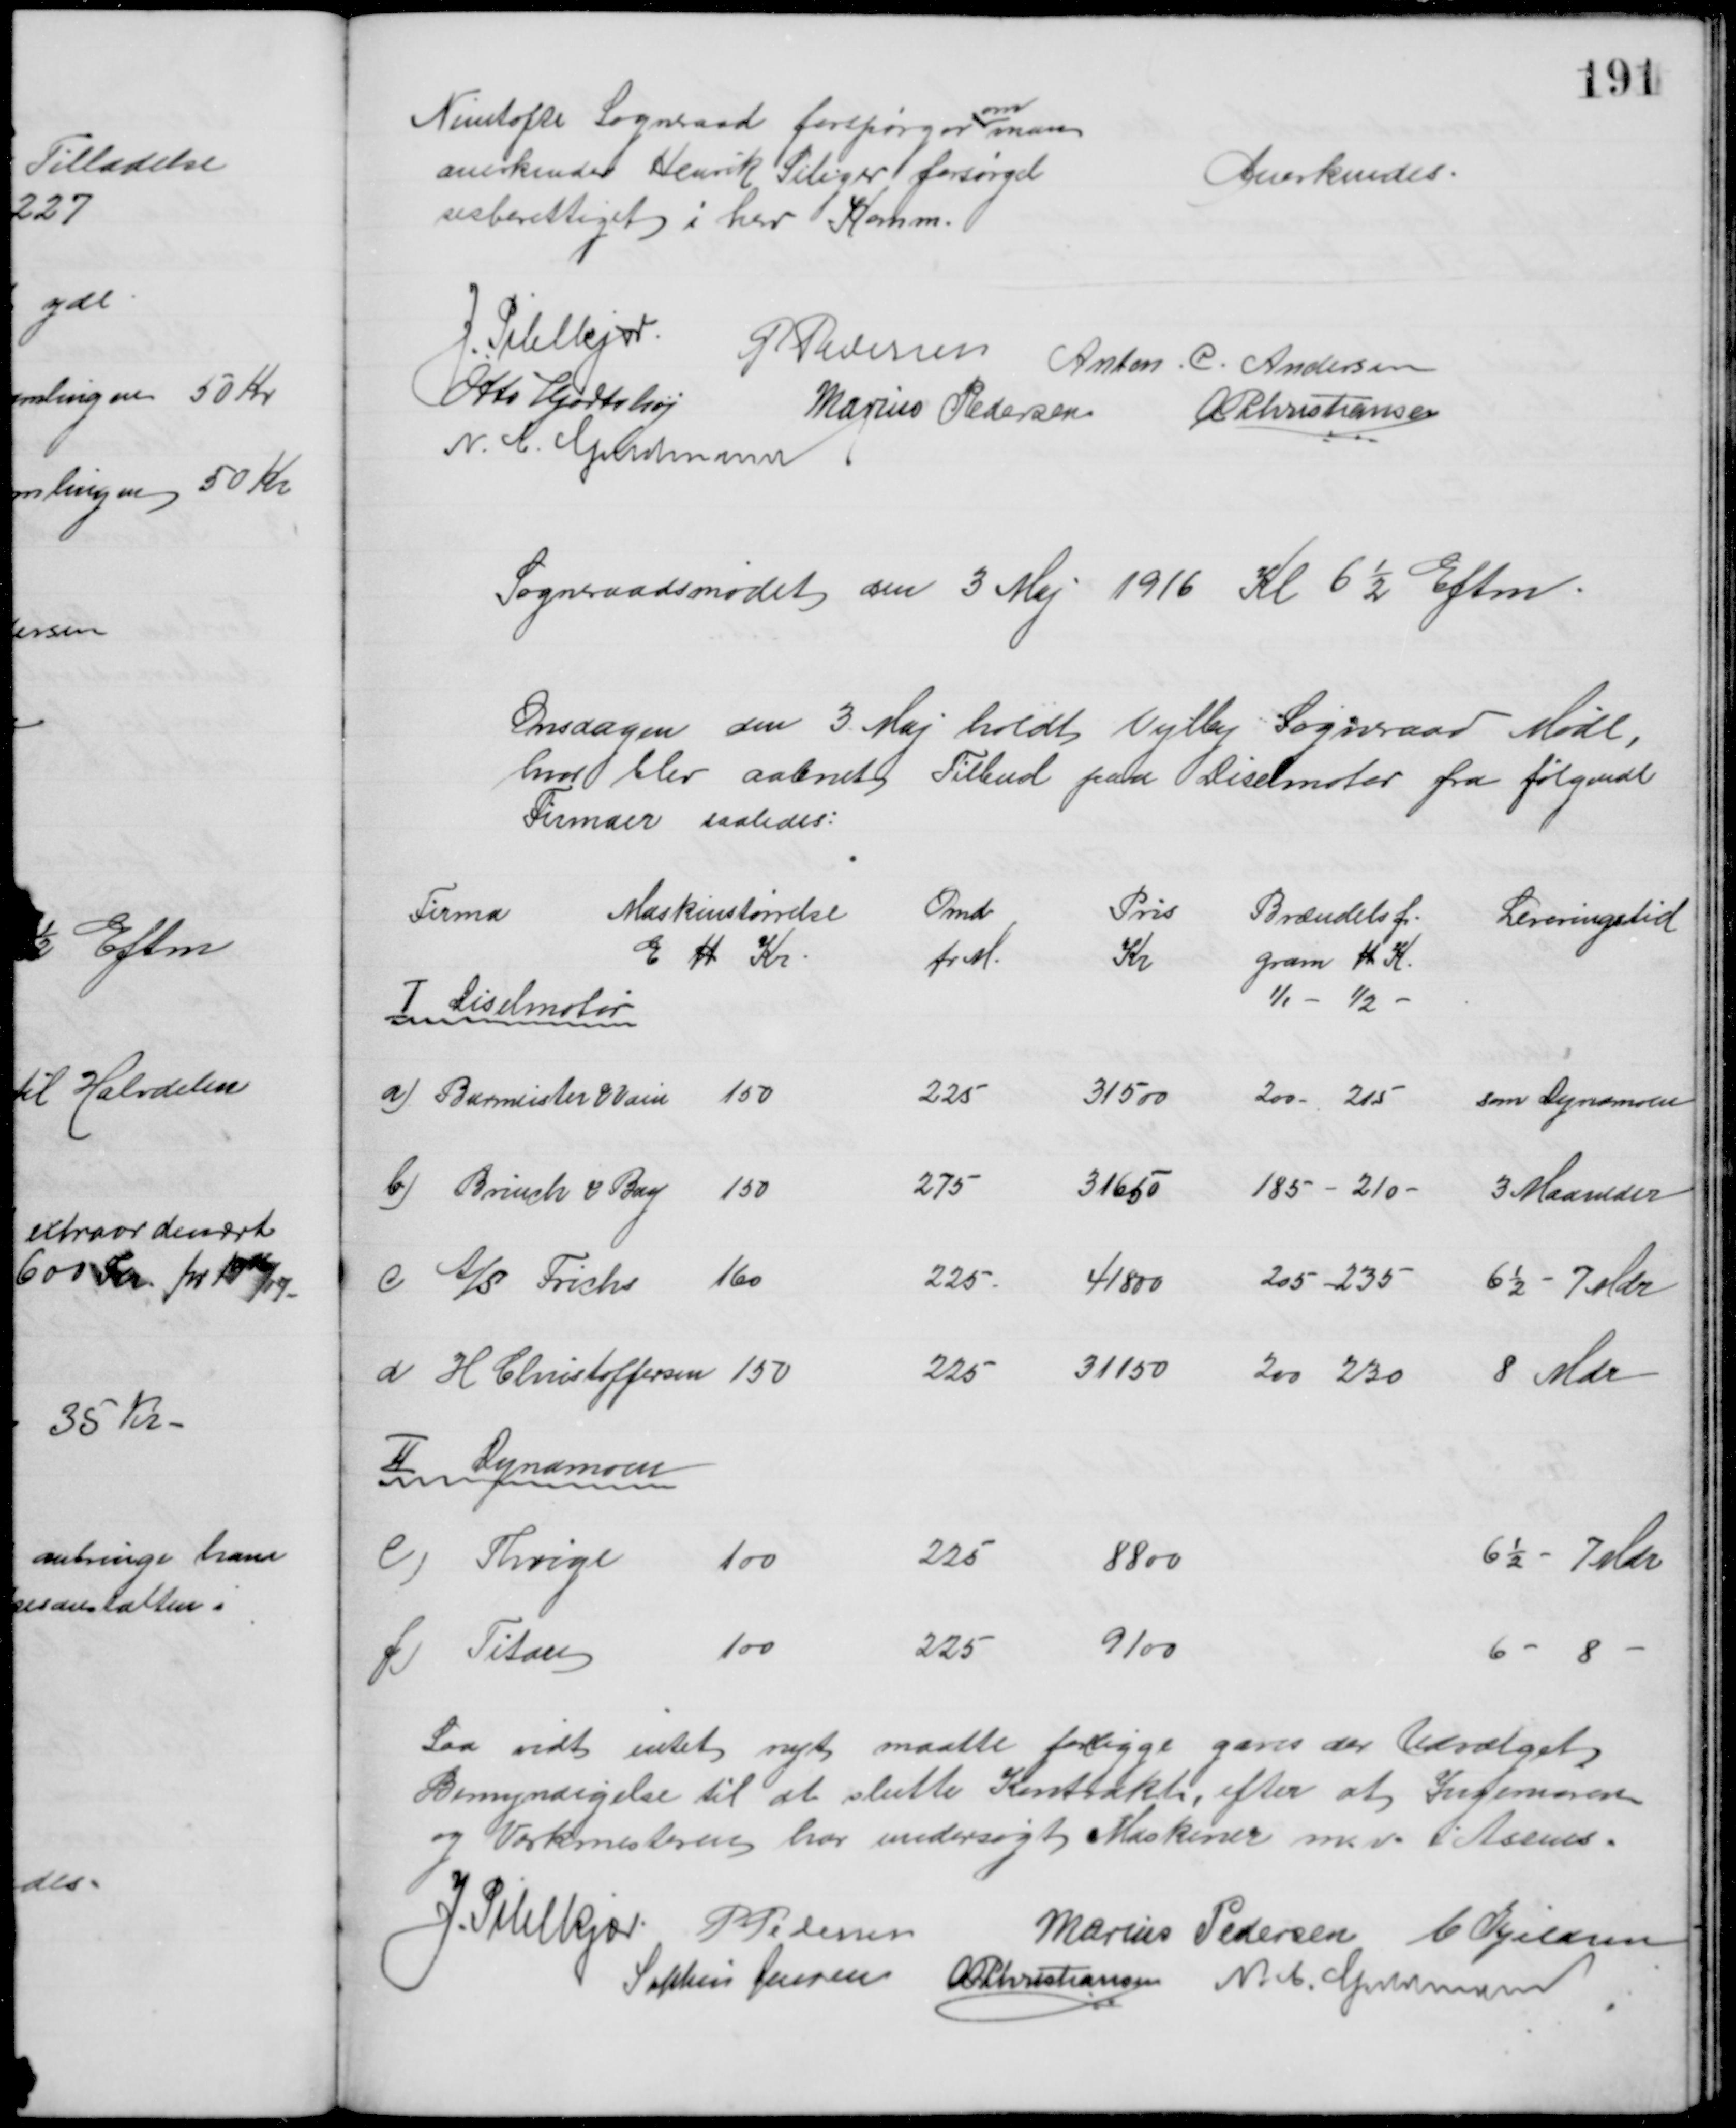
Transskription:
Nimtofte Sogneraad forspørger
om
man
anerkender Henrik Seliger forsørgel
sesberettiget i herv Komm.
Anerkendes
J. Pihlkjær
P Pedersen
Anton. C. Andersen
Otto Hjortshøj
Marius Pedersen
A P Christiansen
N. C. Guldmann
Sogneraadsmødet den 3 Maj 1916 Kl 6½ Eftm
Onsdagen den 3 Maj holdt Vejlby Sogneraad Møde,
hvor blev aabnet Tilbud paa Diselmotor fra følgende
Firmaer saaledes:
Firma 
Maskinstørrelse
E H Kr.
Omd
pr M.
Pris
Kr
Brændelsf.
gram H K.
1/1- 1/2 
Leveringstid
I Diselmotor
a) Burmeister & Vain 
150
225
31500
200 - 215
som Dynamoen
b) Brinch & Bay  
150 
275
31650
185 - 210
3 Maaneder
c A/S Frichs 
160
225
41800
205 - 235
6½ - 7 Mdr
d H Christoffersen
150
225
31150
200 - 230
8 Mdr
II Dynamoen
e) Thrige 
100
225
8800
6½ - 7 Mdr
f) Titan
100
225
9100
6 - 8 
Saa vidt intet nyt maatte foreligge gaves der Udvalget
Bemyndigelse til at slutte Kontrakt, efter at Ingeniøren
og Værkmesteren har undersøgt Maskiner m.v. i Assens
J. Pihlkjær P Pedersen
Marius Pedersen C Kjeldsen
Sophus Jensen  A P Christiansen N. C. Guldmann